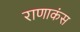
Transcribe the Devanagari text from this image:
राणाकंस